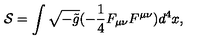
{ \cal S } = \int \sqrt { - \tilde { g } } ( - \frac { 1 } { 4 } F _ { \mu \nu } F ^ { \mu \nu } ) d ^ { 4 } x ,